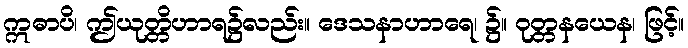
ဣဓာပိ၊ ဤယုတ္တိဟာရ၌လည်း။ ဒေသနာဟာရေ၊ ၌။ ဝုတ္တနယေန၊ ဖြင့်။